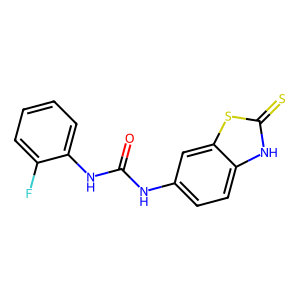
SMILES: O=C(Nc1ccc2[nH]c(=S)sc2c1)Nc1ccccc1F
Inhibits HIV replication: No